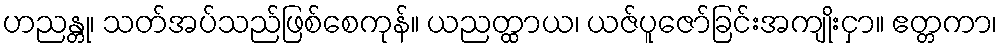
ဟညန္တု၊ သတ်အပ်သည်ဖြစ်စေကုန်။ ယညတ္ထာယ၊ ယဇ်ပူဇော်ခြင်းအကျိုးငှာ။ ဧတ္တကာ၊